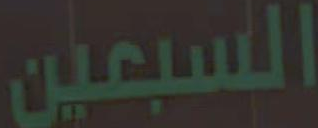
السبعين